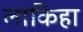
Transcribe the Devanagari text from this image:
लाकिहा